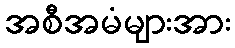
အစီအမံများအား